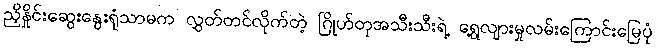
ညှိနှိုင်းဆွေးနွေးရုံသာမက လွှတ်တင်လိုက်တဲ့ ဂြိုဟ်တုအသီးသီးရဲ့ ရွေ့လျားမှုလမ်းကြောင်းမြေပုံ